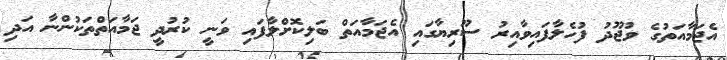
އެޖަމާއަތުގެ ވުޖޫދު ފުހެލާފައިވާއިރު ސޫރިޔާގައި އެޖަމާއަތް ބަލިކޮށްލާފައި ވަނީ ކުރުދީ ޖަމާއަތްތަކުންނާ އަދި